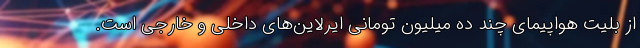
از بلیت هواپیمای چند ده میلیون تومانی ایرلاین‌های داخلی و خارجی است.